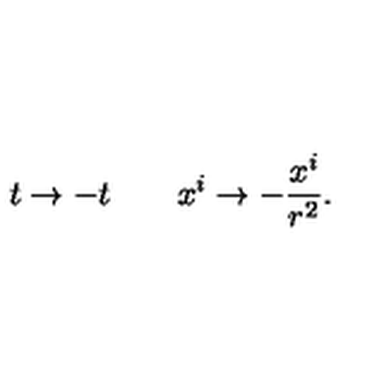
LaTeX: t \to - t \qquad x ^ { i } \to - { \frac { x ^ { i } } { r ^ { 2 } } } .